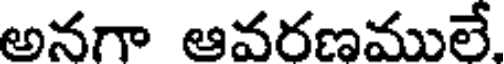
అనగా ఆవరణములే.